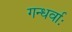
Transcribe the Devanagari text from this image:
गन्धर्वाः